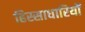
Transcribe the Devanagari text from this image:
हिस्साधारियों